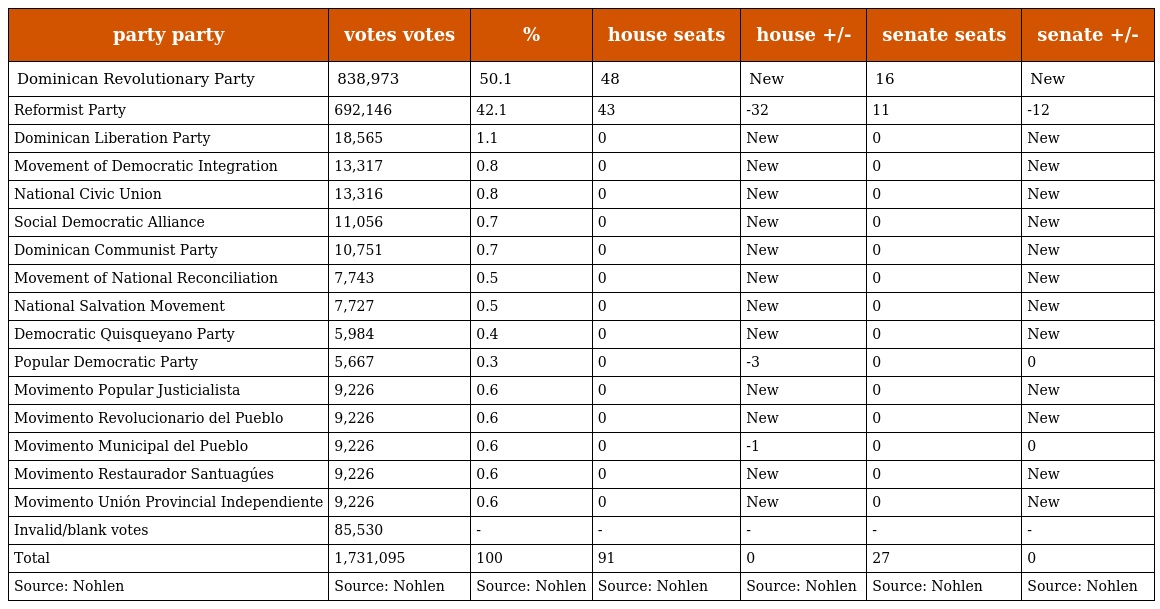
| party party | votes votes | % | house seats | house +/- | senate seats | senate +/- |
 | --- | --- | --- | --- | --- | --- | --- |
 | Dominican Revolutionary Party | 838,973 | 50.1 | 48 | New | 16 | New |
 | Reformist Party | 692,146 | 42.1 | 43 | -32 | 11 | -12 |
 | Dominican Liberation Party | 18,565 | 1.1 | 0 | New | 0 | New |
 | Movement of Democratic Integration | 13,317 | 0.8 | 0 | New | 0 | New |
 | National Civic Union | 13,316 | 0.8 | 0 | New | 0 | New |
 | Social Democratic Alliance | 11,056 | 0.7 | 0 | New | 0 | New |
 | Dominican Communist Party | 10,751 | 0.7 | 0 | New | 0 | New |
 | Movement of National Reconciliation | 7,743 | 0.5 | 0 | New | 0 | New |
 | National Salvation Movement | 7,727 | 0.5 | 0 | New | 0 | New |
 | Democratic Quisqueyano Party | 5,984 | 0.4 | 0 | New | 0 | New |
 | Popular Democratic Party | 5,667 | 0.3 | 0 | -3 | 0 | 0 |
 | Movimento Popular Justicialista | 9,226 | 0.6 | 0 | New | 0 | New |
 | Movimento Revolucionario del Pueblo | 9,226 | 0.6 | 0 | New | 0 | New |
 | Movimento Municipal del Pueblo | 9,226 | 0.6 | 0 | -1 | 0 | 0 |
 | Movimento Restaurador Santuagúes | 9,226 | 0.6 | 0 | New | 0 | New |
 | Movimento Unión Provincial Independiente | 9,226 | 0.6 | 0 | New | 0 | New |
 | Invalid/blank votes | 85,530 | - | - | - | - | - |
 | Total | 1,731,095 | 100 | 91 | 0 | 27 | 0 |
 | Source: Nohlen | Source: Nohlen | Source: Nohlen | Source: Nohlen | Source: Nohlen | Source: Nohlen | Source: Nohlen |